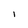
Character: l